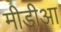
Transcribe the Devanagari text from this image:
मीडीआ